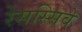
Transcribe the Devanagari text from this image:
रेसस्सिवे